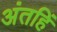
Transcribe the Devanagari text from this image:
अंतहिं